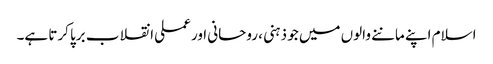
اسلام اپنے ماننے والوں میں جو ذہنی ، روحانی اور عملی انقلاب برپا کرتا ہے۔